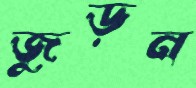
জুড়ন